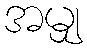
အမျှ